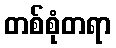
တစ်စုံတရာ